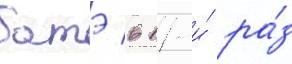
батэ в 11-и́ ра́з